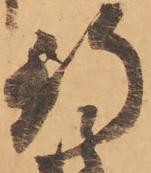
行